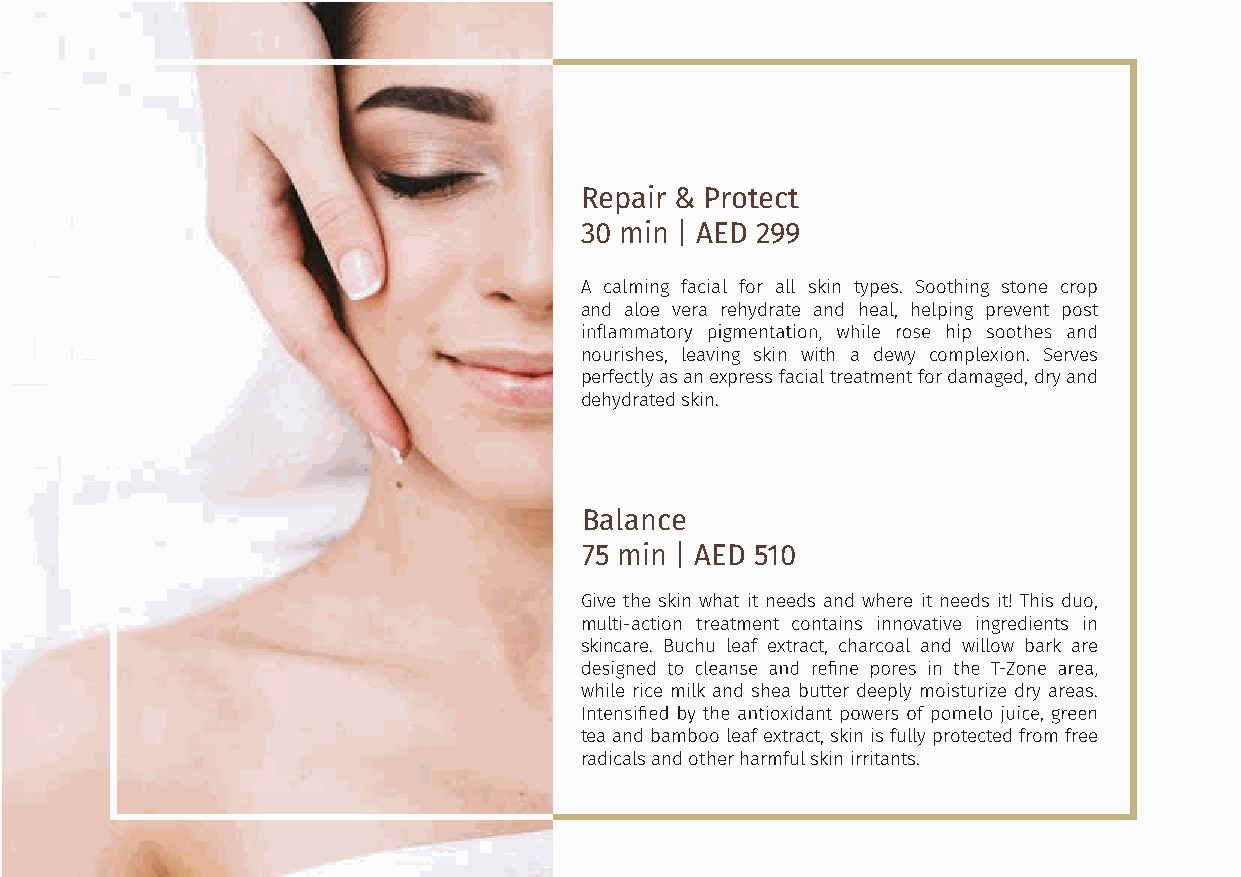
Repair & Protect
 30 min | AED 299
 A calming facial for all skin types. Soothing stone crop
 and aloe vera rehydrate and heal, helping prevent post
 nourishes, leaving skin with a dewy complexion. Serves
 perfectly as an express facial treatment for damaged, dry and
 dehydrated skin.
 Balance
 75 min | AED 510
 Give the skin what it needs and where it needs it! This duo,
 multi-action treatment contains innovative ingredients in
 skincare. Buchu leaf extract, charcoal and willow bark are
 while rice milk and shea butter deeply moisturize dry areas.
 tea and bamboo leaf extract, skin is fully protected from free
 radicals and other harmful skin irritants.